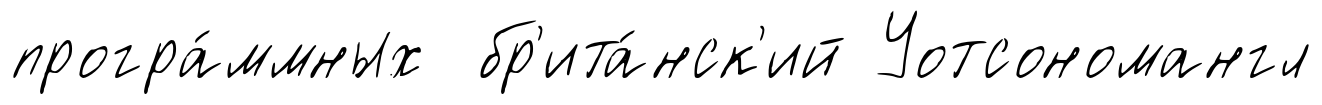
програ́ммных бр'ита́нск'ий Уотсономангл